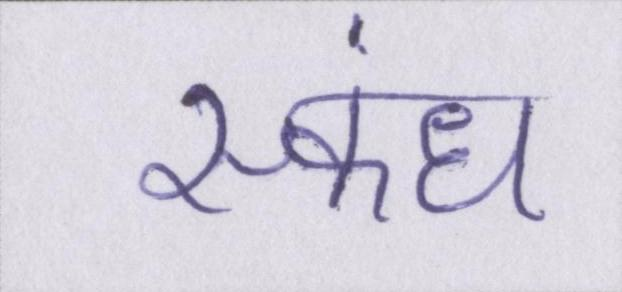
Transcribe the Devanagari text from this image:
स्कंध